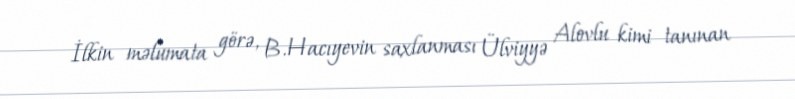
İlkin məlumata görə, B.Hacıyevin saxlanması Ülviyyə Alovlu kimi tanınan